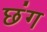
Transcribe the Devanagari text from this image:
छंग